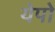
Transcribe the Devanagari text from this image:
येपो